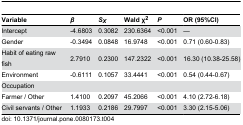
| Variable | β | SX | Wald χ2 | P | OR (95%CI) |
 | --- | --- | --- | --- | --- | --- |
 | Intercept | -4.6803 | 0.3082 | 230.6364 | <0.001 | — |
 | Gender | -0.3494 | 0.0848 | 16.9748 | <0.001 | 0.71 (0.60-0.83) |
 | Habit of eating raw fish | 2.7910 | 0.2300 | 147.2322 | <0.001 | 16.30 (10.38-25.58) |
 | Environment | -0.6111 | 0.1057 | 33.4441 | <0.001 | 0.54 (0.44-0.67) |
 | Occupation |  |  |  |  |  |
 | Farmer / Other | 1.4100 | 0.2097 | 45.2066 | <0.001 | 4.10 (2.72-6.18) |
 | Civil servants / Other | 1.1933 | 0.2186 | 29.7997 | <0.001 | 3.30 (2.15-5.06) |